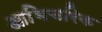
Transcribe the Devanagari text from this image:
आभिचरिक